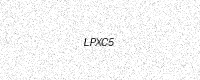
Text: LPXC5